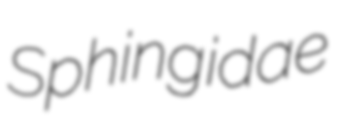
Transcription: Sphingidae